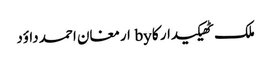
ملک ٹھیکیدار کا by ارمغان احمد داؤد